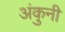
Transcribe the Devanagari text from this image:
अंकुनी